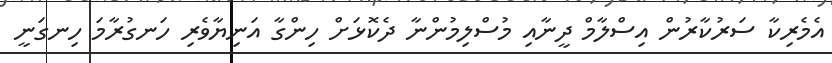
އެމެރިކާ ސަރުކާރުން އިސްލާމް ދީނާއި މުސްލިމުންނާ ދެކޮޅަށް ހިންގާ އަނިޔާވެރި ހަނގުރާމަ ހިނގަނީ